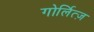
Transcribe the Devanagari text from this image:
गोर्लित्ज़